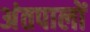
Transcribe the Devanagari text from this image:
अंतपालों